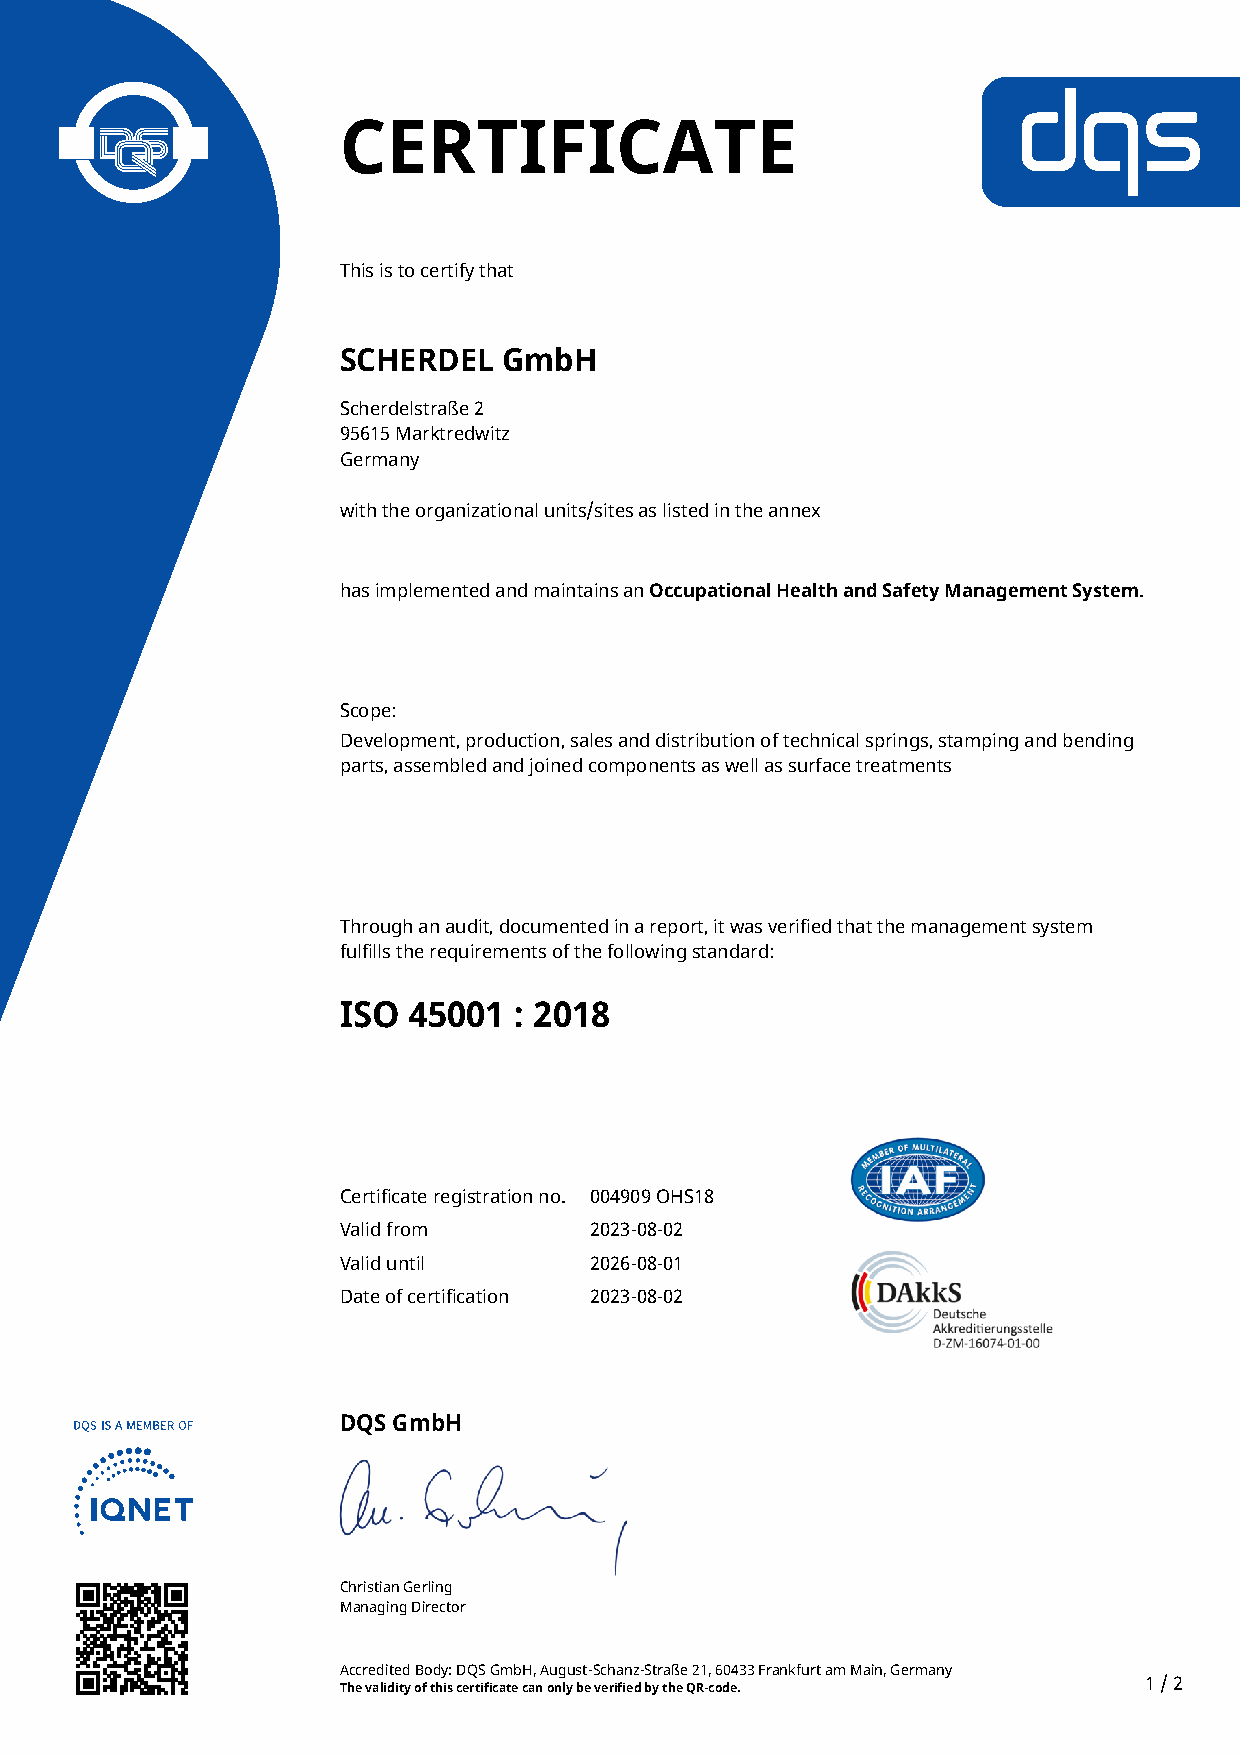
CERTIFICATE
 This is to certify that
 SCHERDEL   GmbH
 Scherdelstraße 2
 95615 Marktredwitz
 Germany
 with the organizational units/sites as listed in the annex
 has implemented and maintains an Occupational Health and Safety Management System.
 Scope:
 Development, production, sales and distribution of technical springs, stamping and bending
 parts, assembled and joined components as well as surface treatments
 Through an audit, documented in a report, it was verified that the management system
 fulfills the requirements of the following standard:
 ISO  45001  : 2018
 Certificate registration no. 004909 OHS18
 Valid from       2023-08-02
 Valid until      2026-08-01
 Date of certification 2023-08-02
 DQS GmbH
 Christian Gerling
 Managing Director
 Accredited Body: DQS GmbH, August-Schanz-Straße 21, 60433 Frankfurt am Main, Germany
 1 / 2
 The validity of this certificate can only be verified by the QR-code.